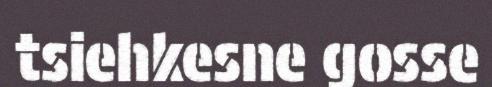
tsiehkesne gosse